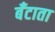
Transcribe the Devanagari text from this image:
बँटाता